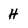
Character: H